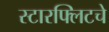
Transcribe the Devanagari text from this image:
स्टारफ्लिटचे